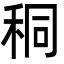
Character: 秱